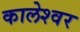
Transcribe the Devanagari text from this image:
कालेश्‍वर